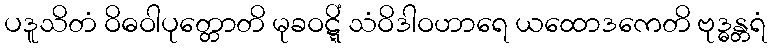
ပဒူသိတံ ဝိဓဝါပုတ္တောတိ မုခဝဋ္ဋိံ သံဝိဒါဝဟာရေ ယထောဒကေတိ ဗုဒ္ဓန္တရံ